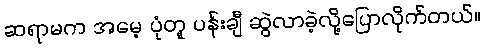
ဆရာမက အမေ့ ပုံတူ ပန်းချီ ဆွဲလာခဲ့လို့ပြောလိုက်တယ်။